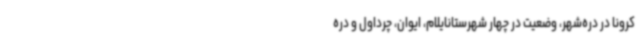
کرونا در دره‌شهر، وضعیت در چهار شهرستانایلام، ایوان، چرداول و دره